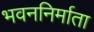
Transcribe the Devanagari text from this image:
भवननिर्माता